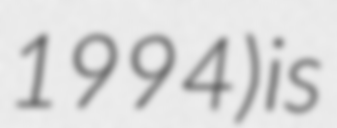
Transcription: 1994) is